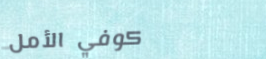
كوفي الأمل